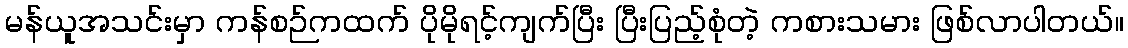
မန်ယူအသင်းမှာ ကန်စဉ်ကထက် ပိုမိုရင့်ကျက်ပြီး ပြီးပြည့်စုံတဲ့ ကစားသမား ဖြစ်လာပါတယ်။